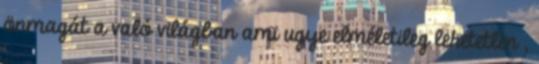
önmagát a való világban ami ugye elméletileg lehetetlen ,